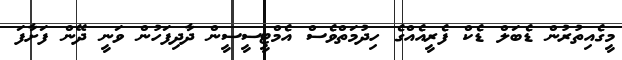
މީގެއިތުރުން ޑެބަލް ޑެކް ފެރީއެއްގެ ހިދުމަތްވެސް އެމްޓީސީސީން ދާދިފަހުން ވަނީ ދޭން ފަށާފަ